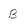
Character: B